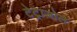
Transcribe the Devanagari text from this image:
टेट्राज़ोल